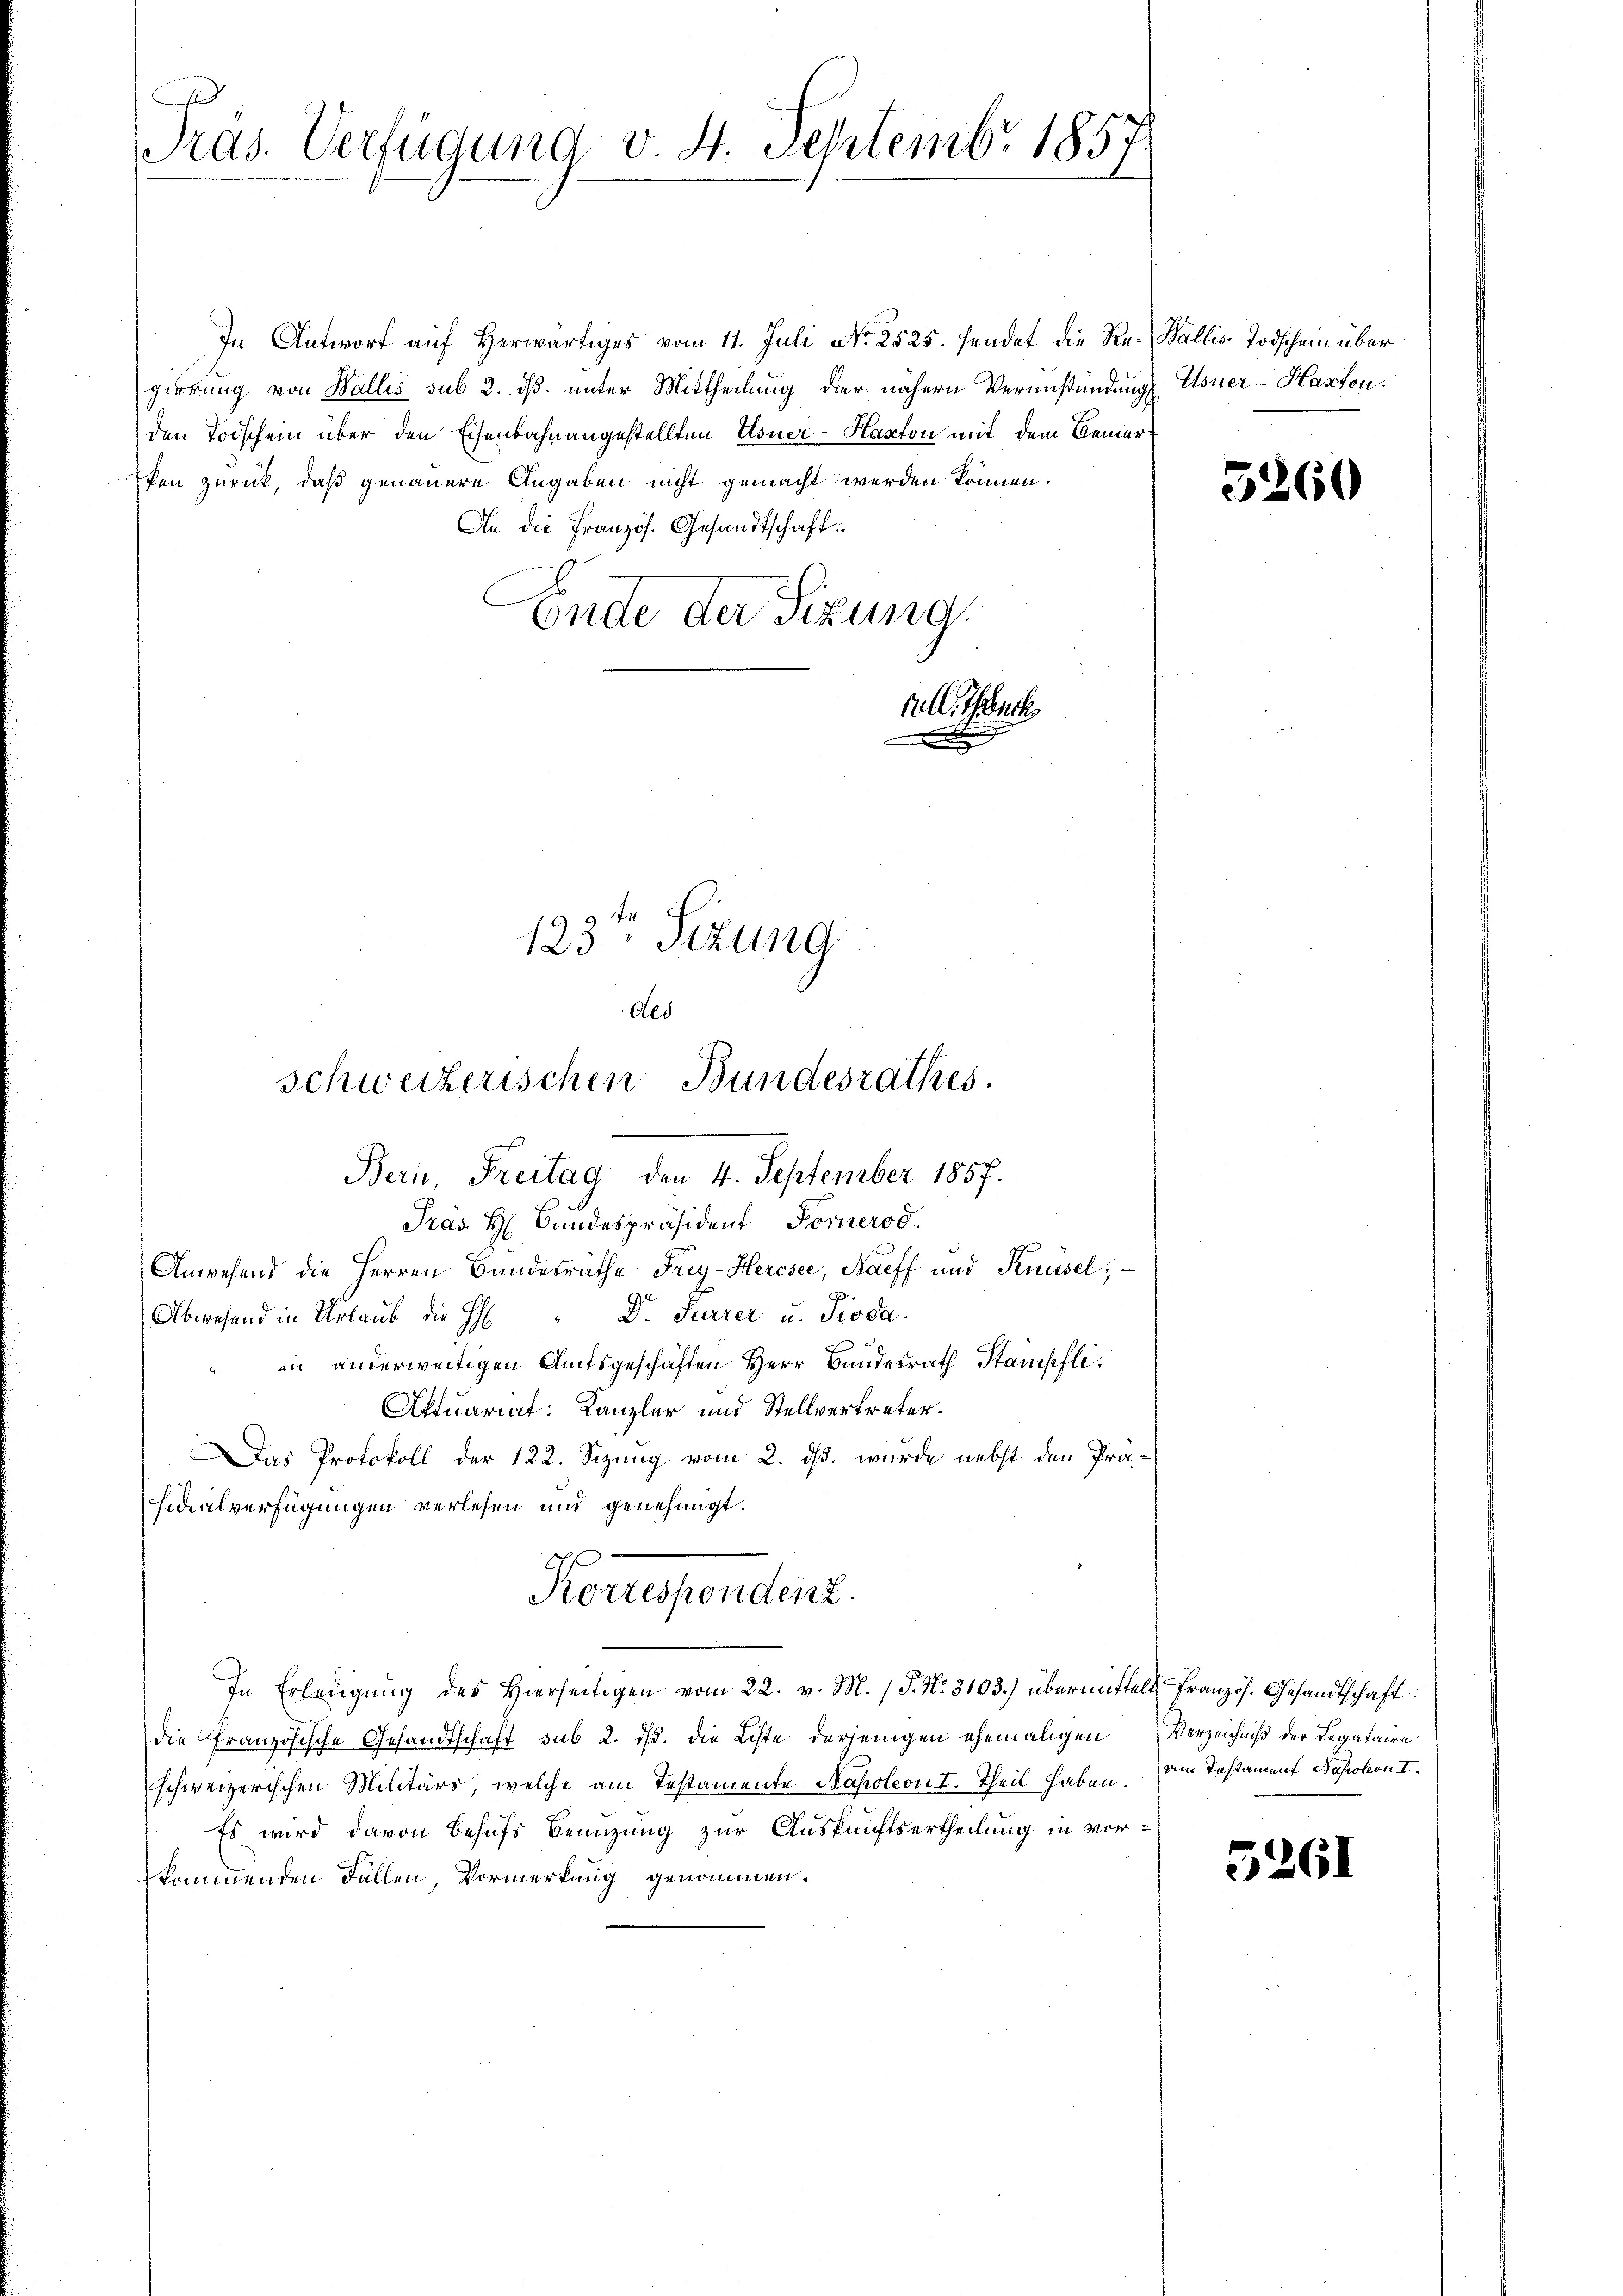
C
Pras. Verfügung v. 4. Septemb. 1857.

In Antwort auf Herwärtiges vom 11. Juli No 2525. sendet die Re- Wallis Todschein über
gierung von Wallis sub 2. dß. unter Mittheilung der nähern Verunstendung Usner-Haston.
den Todschein über den Eisenbahnangestellten Usner-Hanton mit dem Bemer
fen zurück, daß genauere Angaben nicht gemacht werden können.
An die Französ. Gesandtschaft.
Ende der Sitzung.
All. Gesuch
.

schweizerischen Bundesrathes.

Bern, Freitag den 4. September 1857.
Pras. H. Bundespräsident Fornerod.

123ten Sizung
Als

Anwesend die Herren Bundesräthe Frey-Hercsee, Naeff und Knüsel; —
Abwesend in Urlaub die H. " Dr. Furrer u. Pioda
in anderweitigen Amtsgeschäften Herr Bundesrath Stampfli¬
Aktuariat: Kanzler und Stellvertreter.
Das Protokoll der 122. Sizung vom 2. ds. wurde nebst den Präsidialverfügungen verlesen und genehmigt.
Korrespendenz.
In Erledigung des Hierseitigen vom 22. v. M. (T. No. 3103.) übermittelt, französ. Gesandtschaft
die Französische Gesandtschaft sub 2. dß. die Liste derjenigen ehemaligen
schweizerischen Militärs, welche am Testamente Napoleon I. Theil haben. Am Testament Napolon II.
Es wird davon behufs Benuzung zur Auskunftsertheilung in vorkommenden Fallen, Vormerkung genommen.

5260

Verzeichniß der Legataire

5261